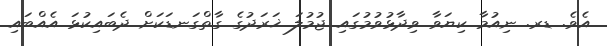
އެވެ. ޑރ. ނިއުމާ ކިޔަވާ ވިދާޅުވުމުގައި ޖުމުލަ ޚަރަދުގެ ގާތްގަނޑަކަށް ދެބައިކުޅަ އެއްބައި